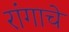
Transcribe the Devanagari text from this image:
रांगाचे